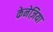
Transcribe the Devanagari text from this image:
केनेज़िया